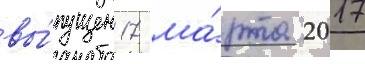
вы́пущен 17 ма́рта 2017